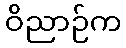
ဝိညာဉ်က